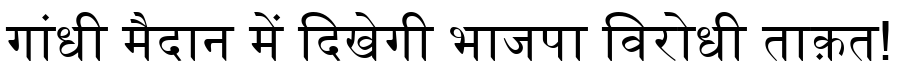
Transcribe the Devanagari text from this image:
गांधी मैदान में दिखेगी भाजपा विरोधी ताक़त!